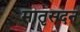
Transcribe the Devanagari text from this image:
मातृसदन